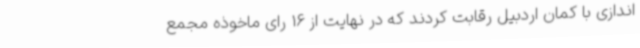
اندازی با کمان اردبیل رقابت کردند که در نهایت از 16 رای ماخوذه مجمع